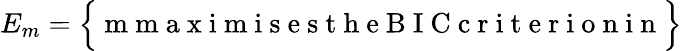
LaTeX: E_{m}=\Big\{ \mathrm{~m~m~a~x~i~m~i~s~e~s~t~h~e~B~I~C~c~r~i~t~e~r~i~o~n~i~n~}\Big\}